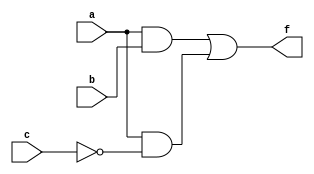
module combinational_logic_block (
    input wire a,      // Input variable A
    input wire b,      // Input variable B
    input wire c,      // Input variable C
    output wire f      // Output function F
);

// Internal signals for prime implicants
wire p1, p2, p3; // Example prime implicants

// Example prime implicants based on a hypothetical function
assign p1 = a & b;          // Prime implicant 1: AB
assign p2 = a & ~c;         // Prime implicant 2: A~C
assign p3 = ~b & c;         // Prime implicant 3: ~BC

// Essential prime implicants
// Assuming p1 and p2 are essential for the output
assign f = p1 | p2;         // Final output based on essential prime implicants

endmodule